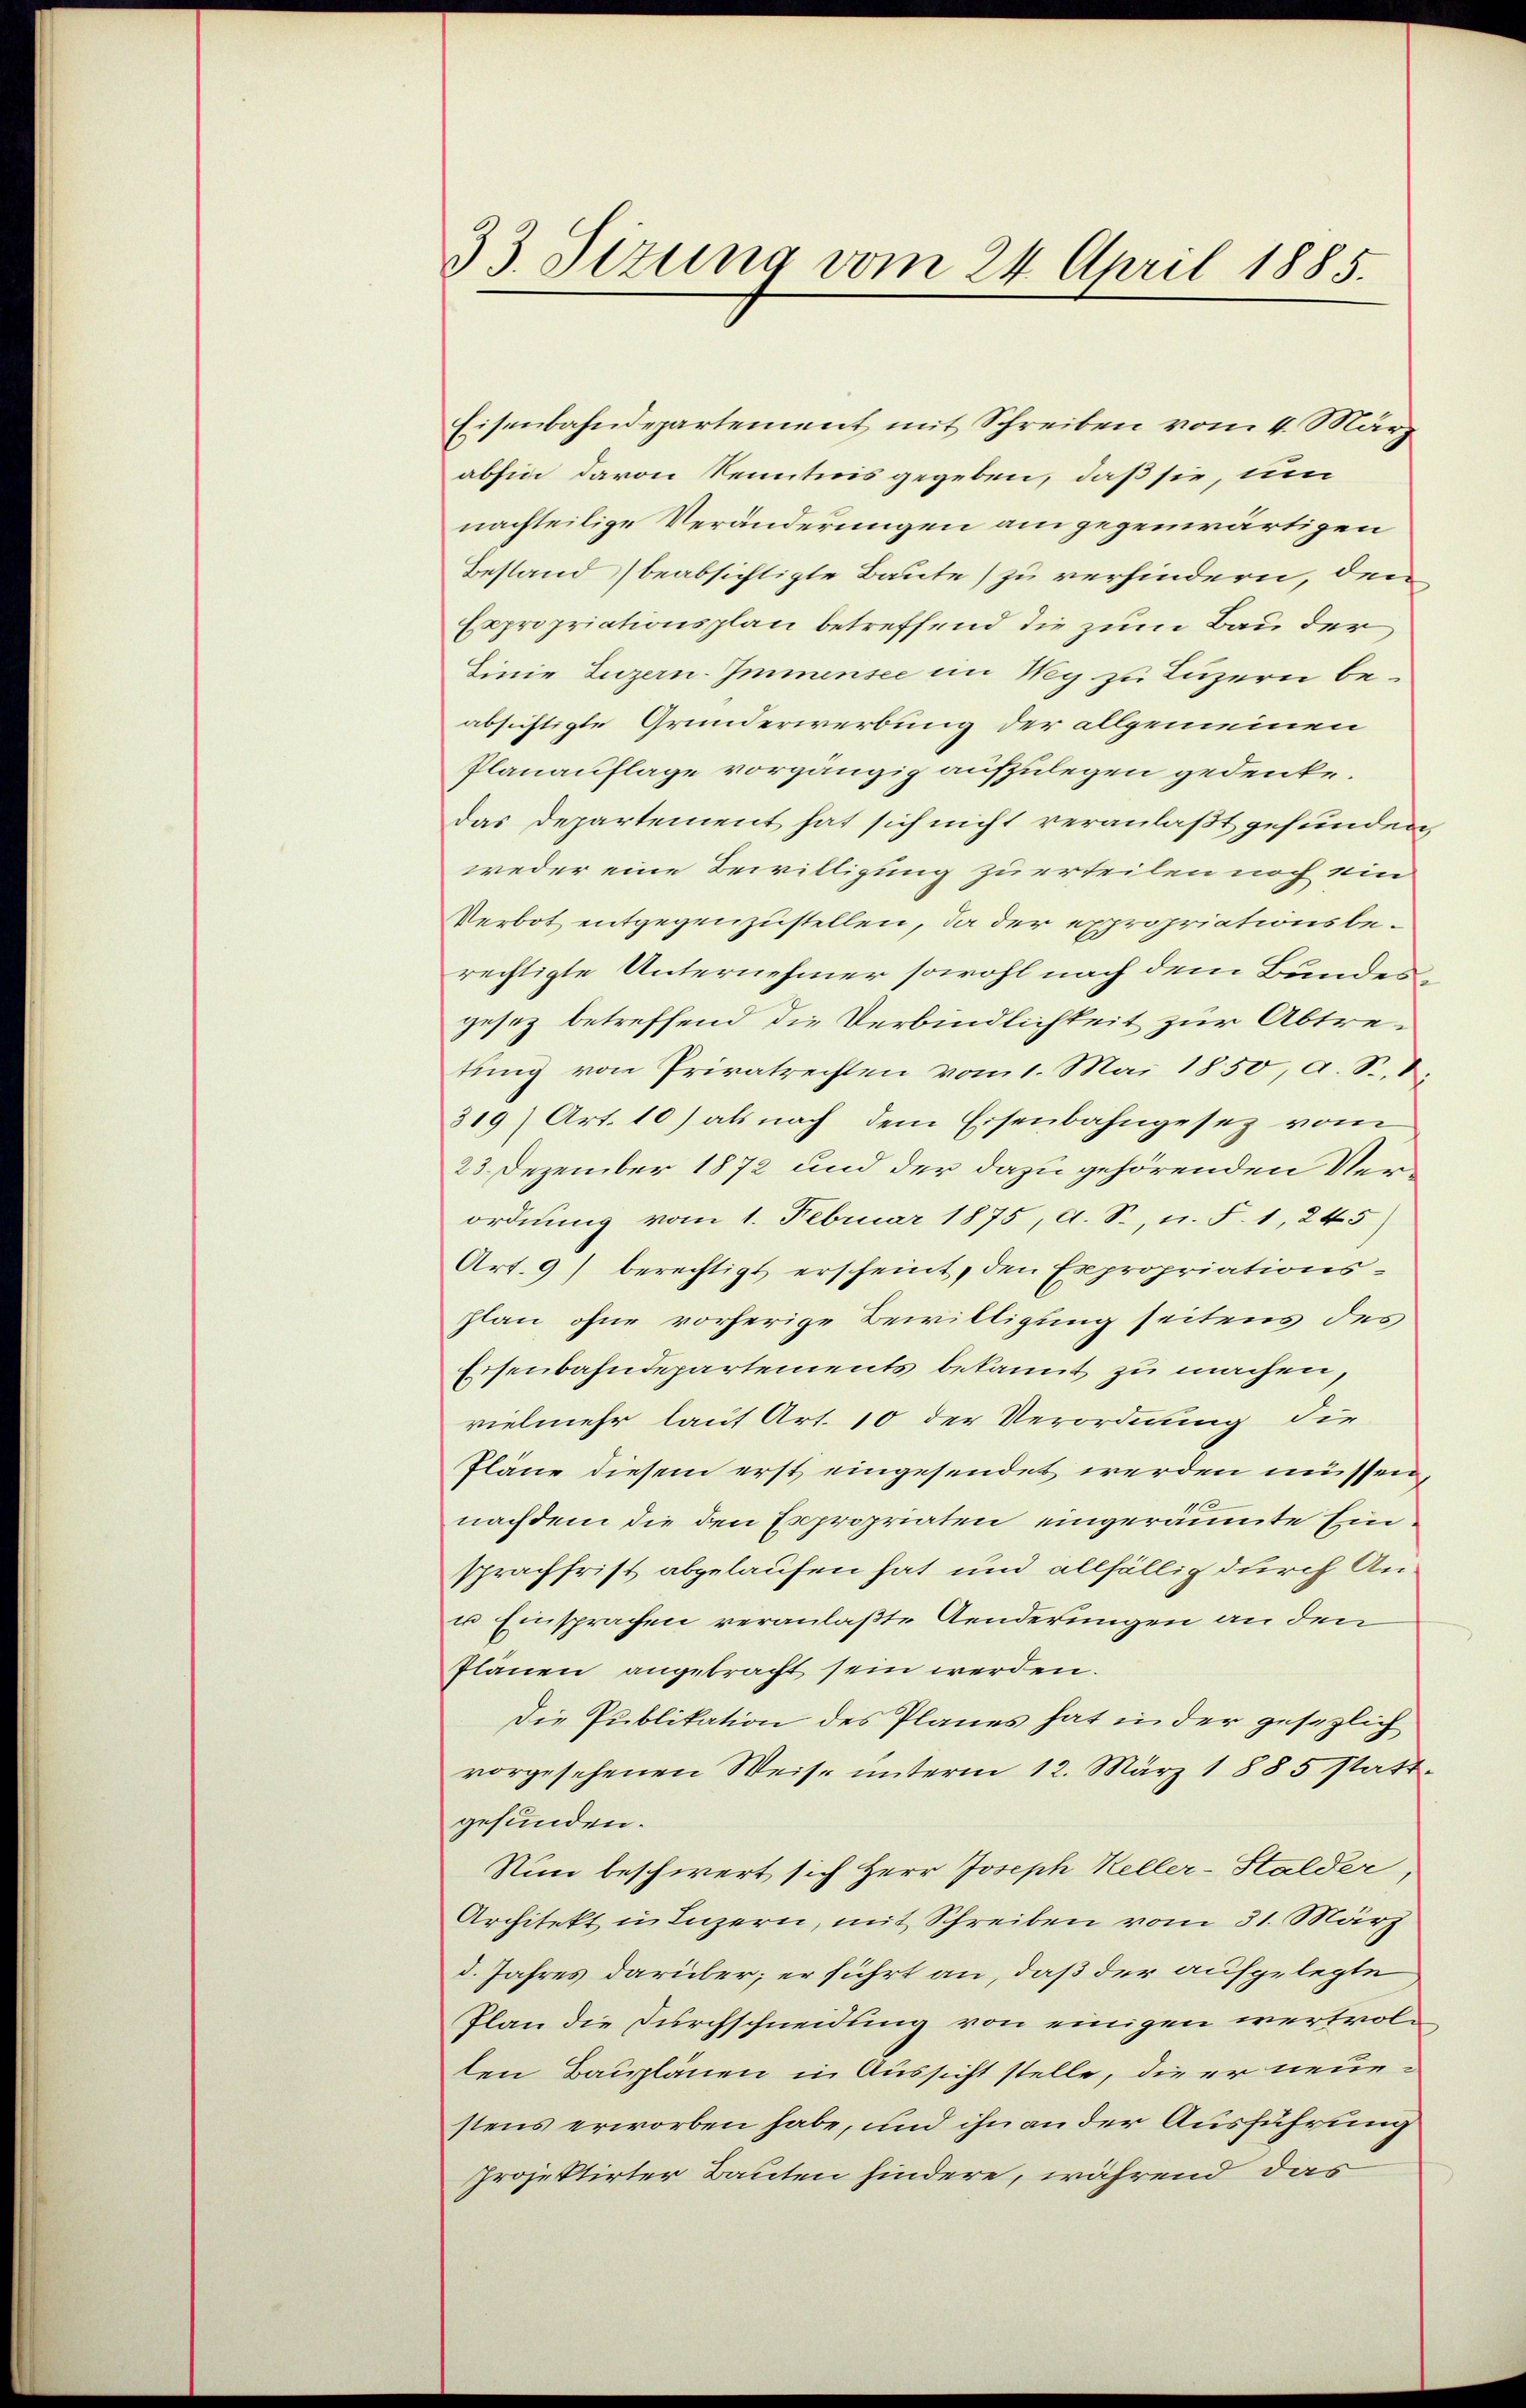
33. Sizung vom 24. April 1885.

Eisenbahndepartement mit Schreiben vom 4. März
abhin davon Kenntnis gegeben, daß sie, um
nachteilige Veränderungen am gegenwärtigen
Bestand beabsichtigte Baute) zu verhindern, den
Expropriationsplan betreffend die zum Bau der
Linie Luzern-Immensee im Weg zu Luzern beabsichtigte Grunderwerbung der allgemeinen
Planauflage vorgängig aufzulegen gedenke.
das Departement hat sich nicht veranlaßt gefunden,
weder eine Bewilligung zu erteilen noch ein
Verbot entgegenzustellen, da der expropriationsberechtigte Unternehmer sowohl nach dem Bundesgesez betreffend die Verbindlichkeit zur Abtretung von Privatrechten vom 1. Mai 1850, a. S.,
319) Art. 10) als nach dem Eisenbahngesez vom
23. Dezember 1872 und der dazu gehörenden Verordnung vom 1. Februar 1875, A. S., n. F. 1, 245
Art. 9) berechtigt erscheint, den Expropriations-
plan ohne vorherige Bewilligung seitens des
Eisenbahndepartements bekannt zu machen
vielmehr lauf Art. 10 der Verordnung die
Pläne diesem erst eingesendet werden müssen,
nachdem die den Expropriaten eingeräumte Einsprachfrist abgelaufen hat und allfällig durch An¬
u Einsprachen veranlaßte Aenderungen an den
Plänen angebracht sein werden.
Die Publikation des Planes hat in der gesezlich
vorgesehenen Weise unterm 12. März 1885 stattgefunden.
Nun beschwert sich Herr Joseph Keller-Stalder,
Architekt u. Luzern, mit Schreiben vom 31. März
d. Jahres darüber; er führt an, daß der aufgelegte
Plan die Durchschneidung von einigen wertvol
ten Bauplänen in Aussicht stelle, die er neuestens erworben habe, und ihn an der Ausführung
Projektirter Bauten hindere, während das